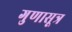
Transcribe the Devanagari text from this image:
गुणासूत्र